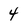
Character: 4